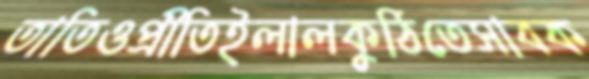
তাতিওপ্রীতিইলালকুঠিতেসাবক